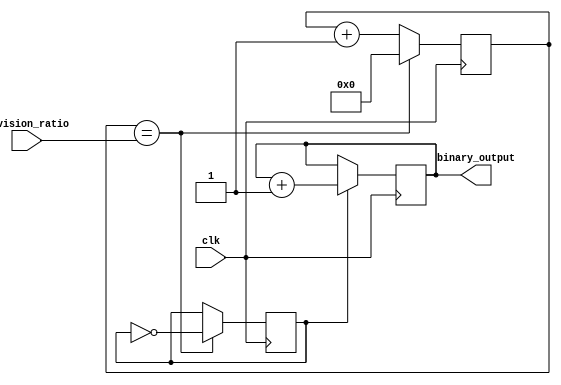
module clock_divider (
    input clk, // input clock signal
    input [3:0] division_ratio, // input setting for division ratio
    output reg [3:0] binary_output // output binary representation of time
);

reg [3:0] counter; // counter for tracking clock cycles
reg toggle; // signal for toggling the output

always @ (posedge clk) begin
    if (counter == division_ratio) begin
        toggle <= ~toggle; // toggle the output signal
        counter <= 0; // reset the counter
    end
    else begin
        counter <= counter + 1; // increment the counter
    end
end

always @ (posedge clk) begin
    if (toggle) begin
        binary_output <= binary_output + 1; // increment binary output
    end
end

endmodule